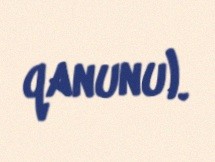
qanunu).